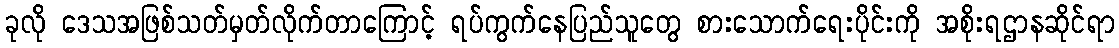
ခုလို ဒေသအဖြစ်သတ်မှတ်လိုက်တာကြောင့် ရပ်ကွက်နေပြည်သူတွေ စားသောက်ရေးပိုင်းကို အစိုးရဌာနဆိုင်ရာ